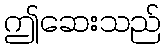
ဤဆေးသည်